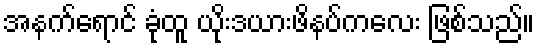
အနက်ရောင် ခုံထူ ယိုးဒယားဖိနပ်ကလေး ဖြစ်သည်။